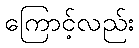
ကြောင့်လည်း